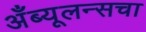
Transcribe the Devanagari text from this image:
अँब्यूलन्सचा